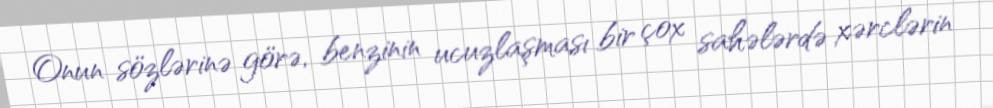
Onun sözlərinə görə, benzinin ucuzlaşması bir çox sahələrdə xərclərin